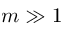
m \gg 1